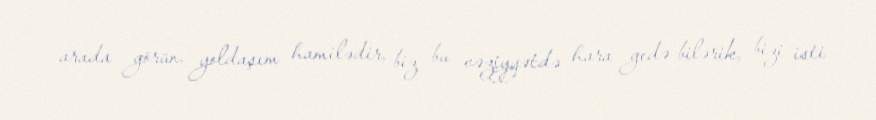
arada görün, yoldaşım hamilədir, biz bu vəziyyətdə hara gedə bilərik, bizi isti